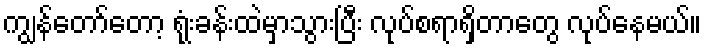
ကျွန်တော်တော့ ရုံးခန်းထဲမှာသွားပြီး လုပ်စရာရှိတာတွေ လုပ်နေမယ်။